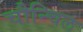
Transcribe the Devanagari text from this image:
चौन्चिल